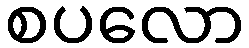
စပလော